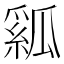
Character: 𤬇